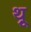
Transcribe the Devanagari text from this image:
थ़्रू